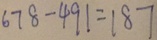
6 7 8 - 4 9 1 = 1 8 7